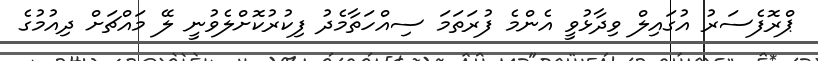
ޕްރޮފެސަރު އުގައިލް ވިދާޅުވީ އެންމެ ފުރަތަމަ ސިއްހަތާމެދު ފިކުރުކޮށްލެވުނީ ލޭ މައްޗަށް ދިއުމުގެ